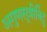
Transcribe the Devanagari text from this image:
अगुणसूत्रीबिंदु